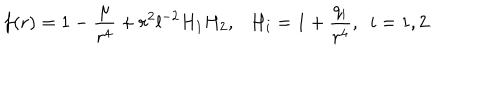
LaTeX: f ( r ) = 1 - \frac { \mu } { r ^ { 4 } } + r ^ { 2 } l ^ { - 2 } H _ { 1 } H _ { 2 } , \ \ \ H _ { i } = 1 + \frac { q _ { i } } { r ^ { 4 } } , \ \ i = 1 , 2 .